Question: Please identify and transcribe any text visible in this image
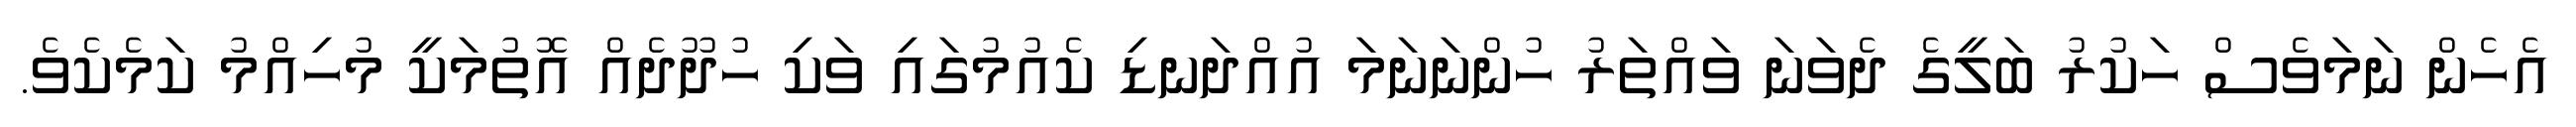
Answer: އެހެން ނަމަވެސް ހަކުރު ބަލީގެ ދެވަނަ ވައްތަރު ހުންނަނަމަ އުއްދަނޑި ކެއުމުގައި ވަކި ހުދޫދެއް އޮތުމަކީ މުހިއްމު ކަމެކެވެ.